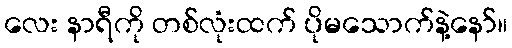
လေး နာရီကို တစ်လုံးထက် ပိုမသောက်နဲ့နော်။